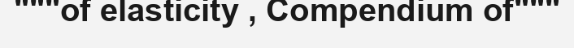
"""of elasticity , Compendium of"""